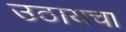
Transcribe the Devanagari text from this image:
उठायचा